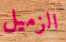
الزميل